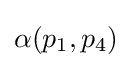
\alpha (p_{1},p_{4})